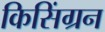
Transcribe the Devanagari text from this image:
किसिंग्रन